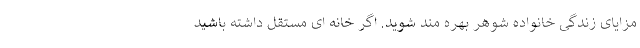
مزایای زندگی خانواده شوهر بهره مند شوید. اگر خانه ای مستقل داشته باشید